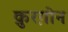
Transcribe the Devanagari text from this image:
क़ुरग़ोन